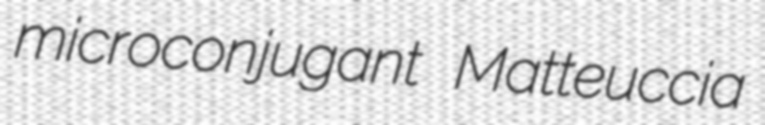
microconjugant Matteuccia